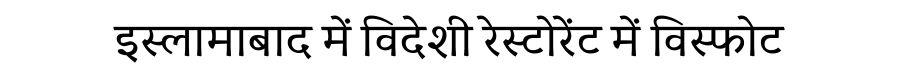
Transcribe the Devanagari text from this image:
इस्लामाबाद में विदेशी रेस्टोरेंट में विस्फोट